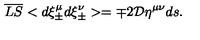
\overline { { L S } } < d \xi _ { \pm } ^ { \mu } d \xi _ { \pm } ^ { \nu } > = \mp 2 { \cal D } \eta ^ { \mu \nu } d s .